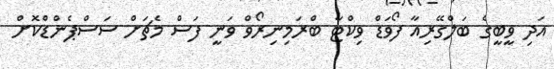
އަދި ވީބީގެ ބަލްގޭރިއާ ފޯވަޑް ވިކްޓާ ބްރަމިނިރޯވް ވަނީ ފަސް މެޗަށް ސަސްޕެންޑްކޮށް